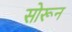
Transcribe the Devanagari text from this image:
सोरून